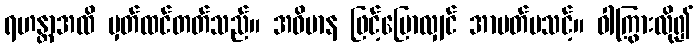
ရဟန္တာအထိ မှတ်ထင်တတ်သည်။ အဓိမာန ဖြင့်ပြောလျှင် အာပတ်မသင့်။ ဝါကြွားလို၍